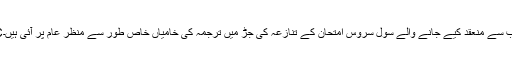
UPSCکی جانب سے منعقد کیے جانے والے سول سروس امتحان کے تنازعہ کی جڑ میں ترجمہ کی خامیاں خاص طور سے منظر عام پر آئی ہیں۔